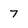
Character: 7